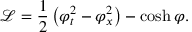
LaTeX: { \mathcal { L } } = { \frac { 1 } { 2 } } \left( \varphi _ { t } ^ { 2 } - \varphi _ { x } ^ { 2 } \right) - \cosh \varphi .